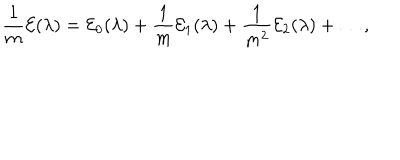
\frac { 1 } { m } { \cal E } ( \lambda ) = { \cal E } _ { 0 } ( \lambda ) + \frac { 1 } { m } { \cal E } _ { 1 } ( \lambda ) + \frac { 1 } { m ^ { 2 } } { \cal E } _ { 2 } ( \lambda ) + \ldots ,